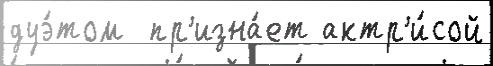
дуэ́том  пр'изна́ет актр'и́сой